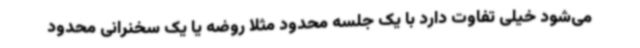
می‌شود خیلی تفاوت دارد با یک جلسه محدود مثلا روضه یا یک سخنرانی محدود